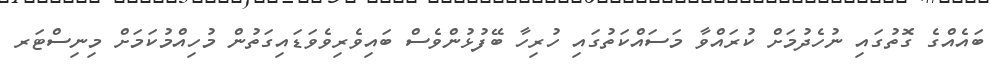
ބައެއްގެ ގޮތުގައި ނުހެދުމަށް ކުރައްވާ މަސައްކަތުގައި ހުރިހާ ބޭފުޅުންވެސް ބައިވެރިވެވަޑައިގަތުން މުހިއްމުކަމަށް މިނިސްޓަރ